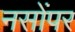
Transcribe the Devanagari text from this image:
नसोंपर